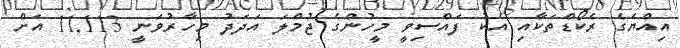
އިއްޔެގެ ރެކޯޑްތަކާއި އެކު ފައްސިވީ މީހުންގެ ޖުމްލަ އަދަދު މިހާރުވަނީ 11